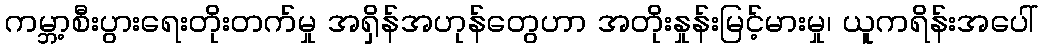
ကမ္ဘာ့စီးပွားရေးတိုးတက်မှု အရှိန်အဟုန်တွေဟာ အတိုးနှုန်းမြင့်မားမှု၊ ယူကရိန်းအပေါ်